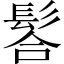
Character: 𩭆